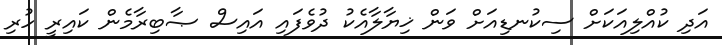
އަދި ކުއްލިއަކަށް ސިކުނޑިއަށް ވަން ޚިޔާލާއެކު ދުވެފައި އައިސް ޞާބިރާމެން ކައިރީ ހުރި